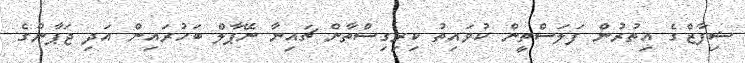
ޝިފާޒްގެ އިތުރުން ފަލަސްތީން ކުވައިތު ކިރިގިސްތާން ޗައިނާ ނޭޕާލް ބަހުރައިން އަދި ޖަޕާންގެ